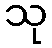
သု